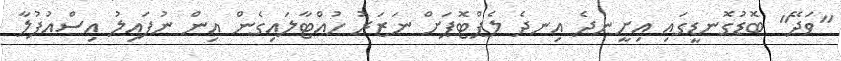
"ވަދޭ" ބޮޑުގޮނޑީގައި އިށީނދެ އިނދެ ލެޕްޓޮޕަށް ނަޒަރު ހުއްޓާލައިގެން އިން ނުފައިލު އިސްއުފުލާ